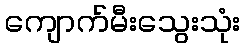
ကျောက်မီးသွေးသုံး